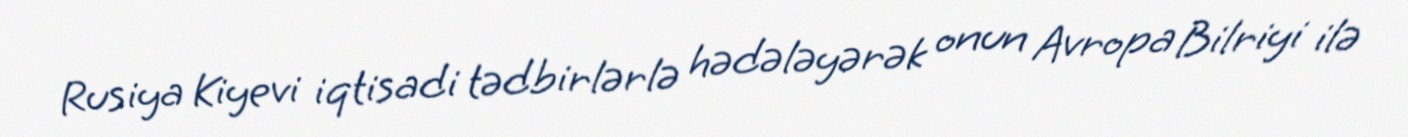
Rusiya Kiyevi iqtisadi tədbirlərlə hədələyərək onun Avropa Bilriyi ilə